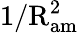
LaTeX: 1/\mathrm{R}_{\mathrm{am}}^{2}